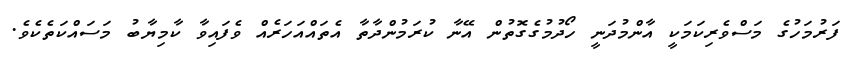
ފަރުމަހުގެ މަސްވެރިކަމަކީ އާންމުދަނީ ހޯދުމުގެގޮތުން އޭނާ ކުރަމުންދާތާ އެތައްއަހަރެއް ވެފައިވާ ކާމިޔާބު މަސައްކަތެކެވެ.